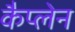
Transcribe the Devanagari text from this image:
कैप्लेन